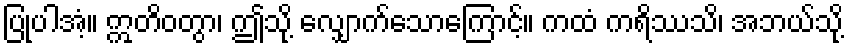
ပြုပါအံ့။ ဣတိဝတွာ၊ ဤသို့ လျှောက်သောကြောင့်။ ကထံ ကရိဿသိ၊ အဘယ်သို့